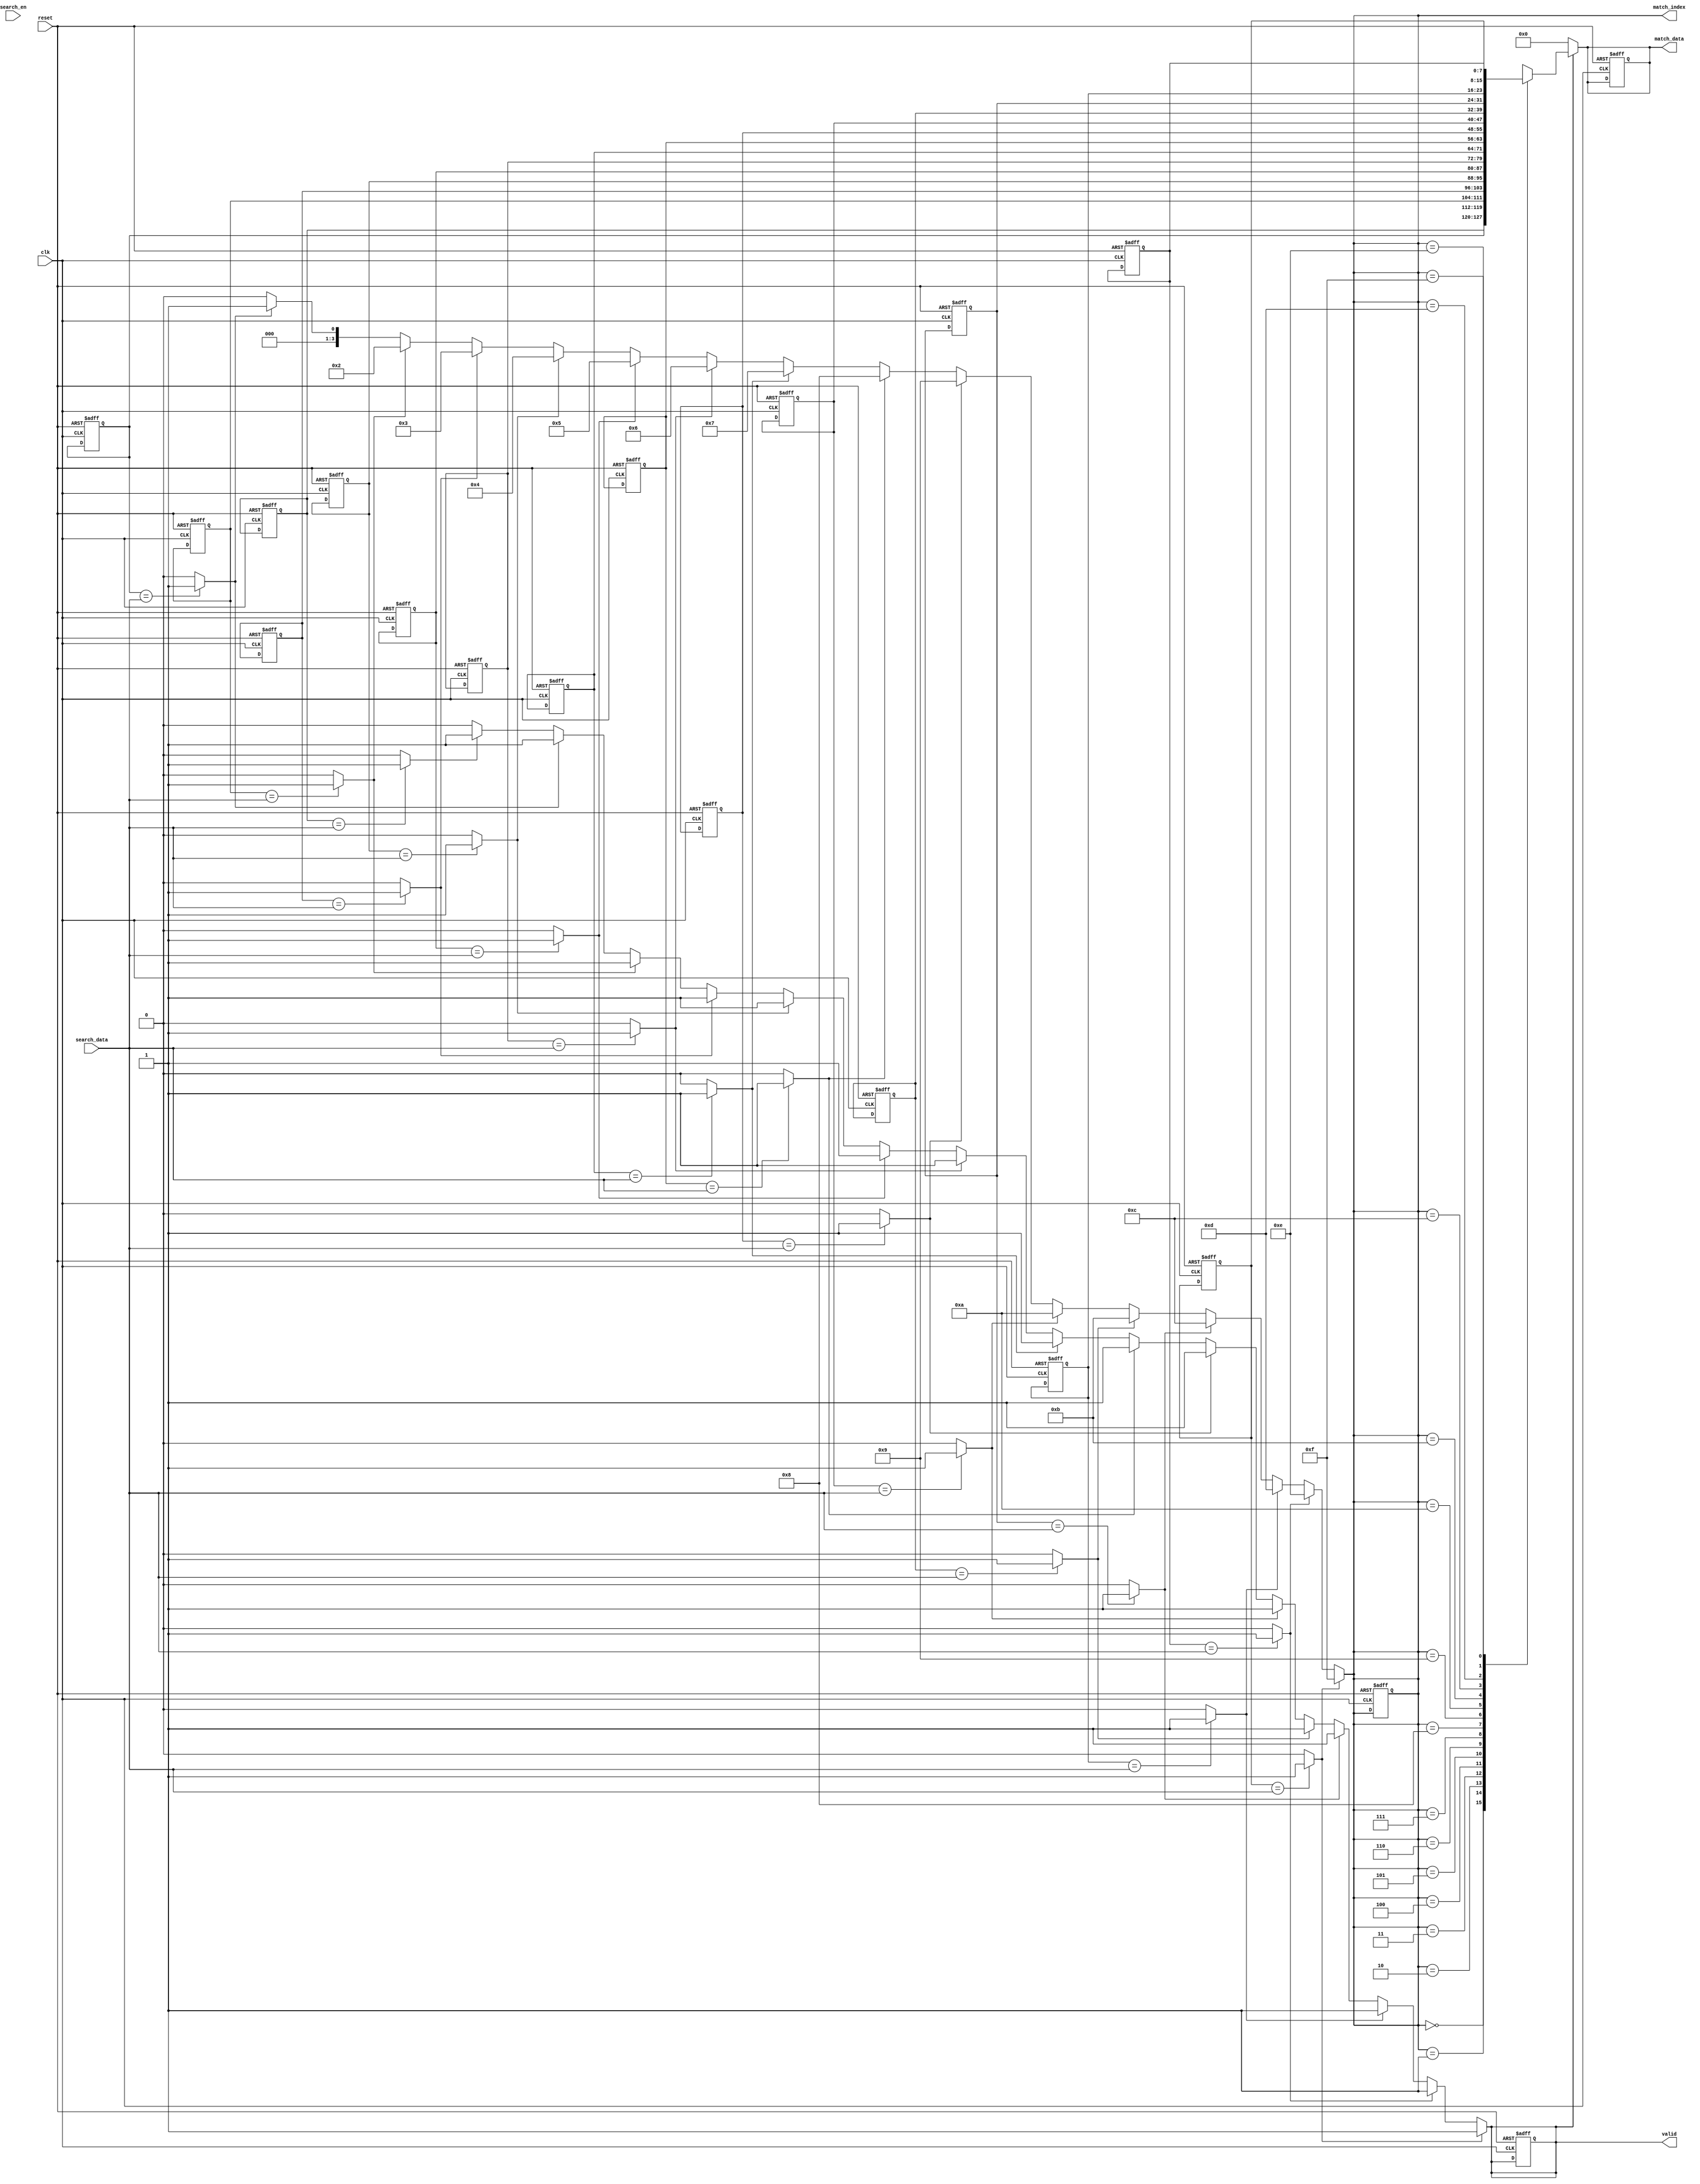
module priority_cam #(
    parameter N = 16, // Number of entries
    parameter W = 8    // Width of each entry
)(
    input  wire clk,                 // Clock signal
    input  wire reset,               // Reset signal
    input  wire [W-1:0] search_data, // Data to search
    input  wire search_en,           // Search enable signal
    output reg [W-1:0] match_data,   // Data of the highest priority match
    output reg [clog2(N)-1:0] match_index, // Index of the match
    output reg valid                 // Valid signal indicating match found
);

    // Storage array
    reg [W-1:0] storage [0:N-1]; // Data storage for N entries

    // Match detection signals
    wire [N-1:0] match_signals;

    // Priority encoder
    integer i;
    always @(*) begin
        match_index = {clog2(N){1'b0}};
        valid = 1'b0; // Default to no match
        for (i = 0; i < N; i = i + 1) begin
            if (match_signals[i]) begin
                match_index = i; // Update index if match found
                valid = 1'b1; // Set valid signal
            end
        end
    end

    // Match detection logic
    genvar j;
    generate
        for (j = 0; j < N; j = j + 1) begin : match_detection
            assign match_signals[j] = (storage[j] == search_data) ? 1'b1 : 1'b0;
        end
    endgenerate

    // Output logic
    always @(*) begin
        if (valid) begin
            match_data = storage[match_index]; // Get data of highest priority match
        end else begin
            match_data = {W{1'b0}}; // No match
        end
    end

    // Load and reset logic
    always @(posedge clk or posedge reset) begin
        if (reset) begin
            // Reset all storage entries to zero
            for (i = 0; i < N; i = i + 1) begin
                storage[i] <= {W{1'b0}};
            end
            match_data <= {W{1'b0}};
            match_index <= {clog2(N){1'b0}};
            valid <= 1'b0;
        end else if (search_en) begin
            // When searching, match detection is handled
            // Output logic is handled in combinational always block above
        end
    end

    // Function to calculate log2 of a number
    function integer clog2(input integer value);
        begin
            value = value - 1;
            for (clog2 = 0; value > 0; clog2 = clog2 + 1)
                value = value >> 1;
        end
    endfunction

endmodule